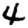
Digit: 4